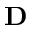
\mathbf { D }